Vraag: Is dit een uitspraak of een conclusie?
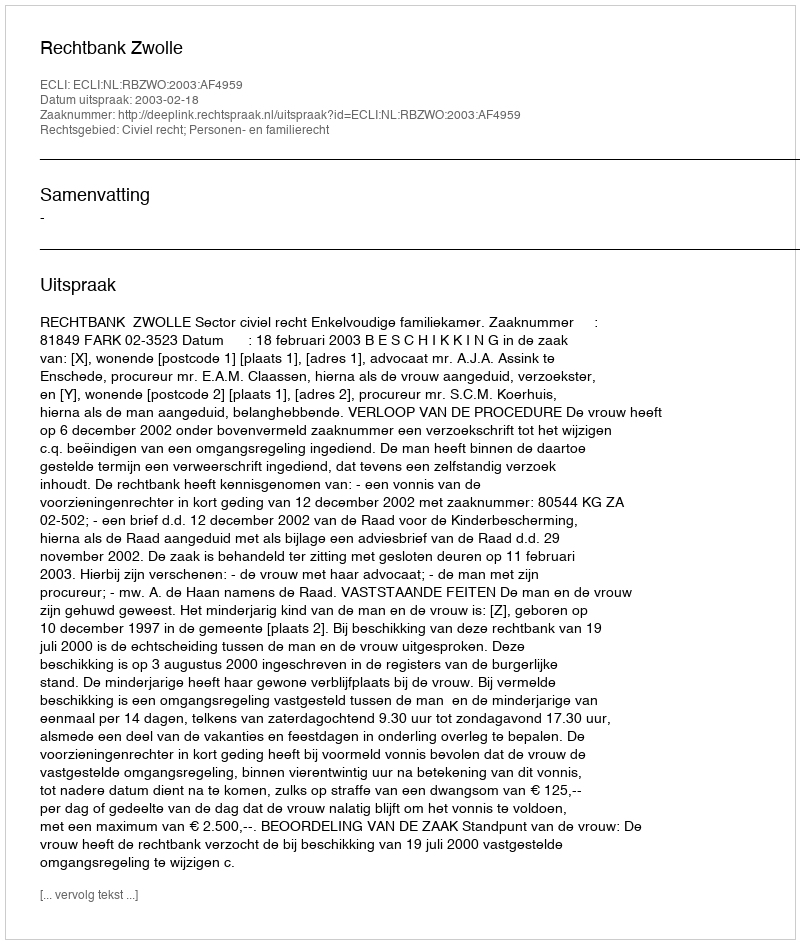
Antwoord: Uitspraak